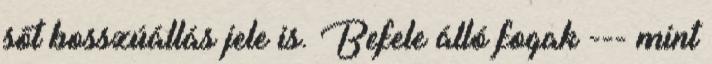
sőt bosszúállás jele is. Befele álló fogak --- mint